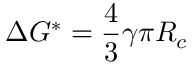
\Delta G ^ { * } = \frac { 4 } { 3 } \gamma \pi R _ { c }